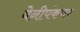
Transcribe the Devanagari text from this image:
वेनीपंकचर